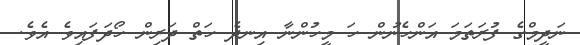
ނަދީމްގެ ފުރަތަމަ އަންހެނުން ހަ މީހުންނާ އިނދެ ހަތް ދަރިން ހޯދަފައިވެ އެވެ.